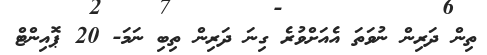
ތިން ދަރިން ނުވަތަ އެއަށްވުރެ ގިނަ ދަރިން ތިބި ނަމަ- 20 ޕޮއިންޓް